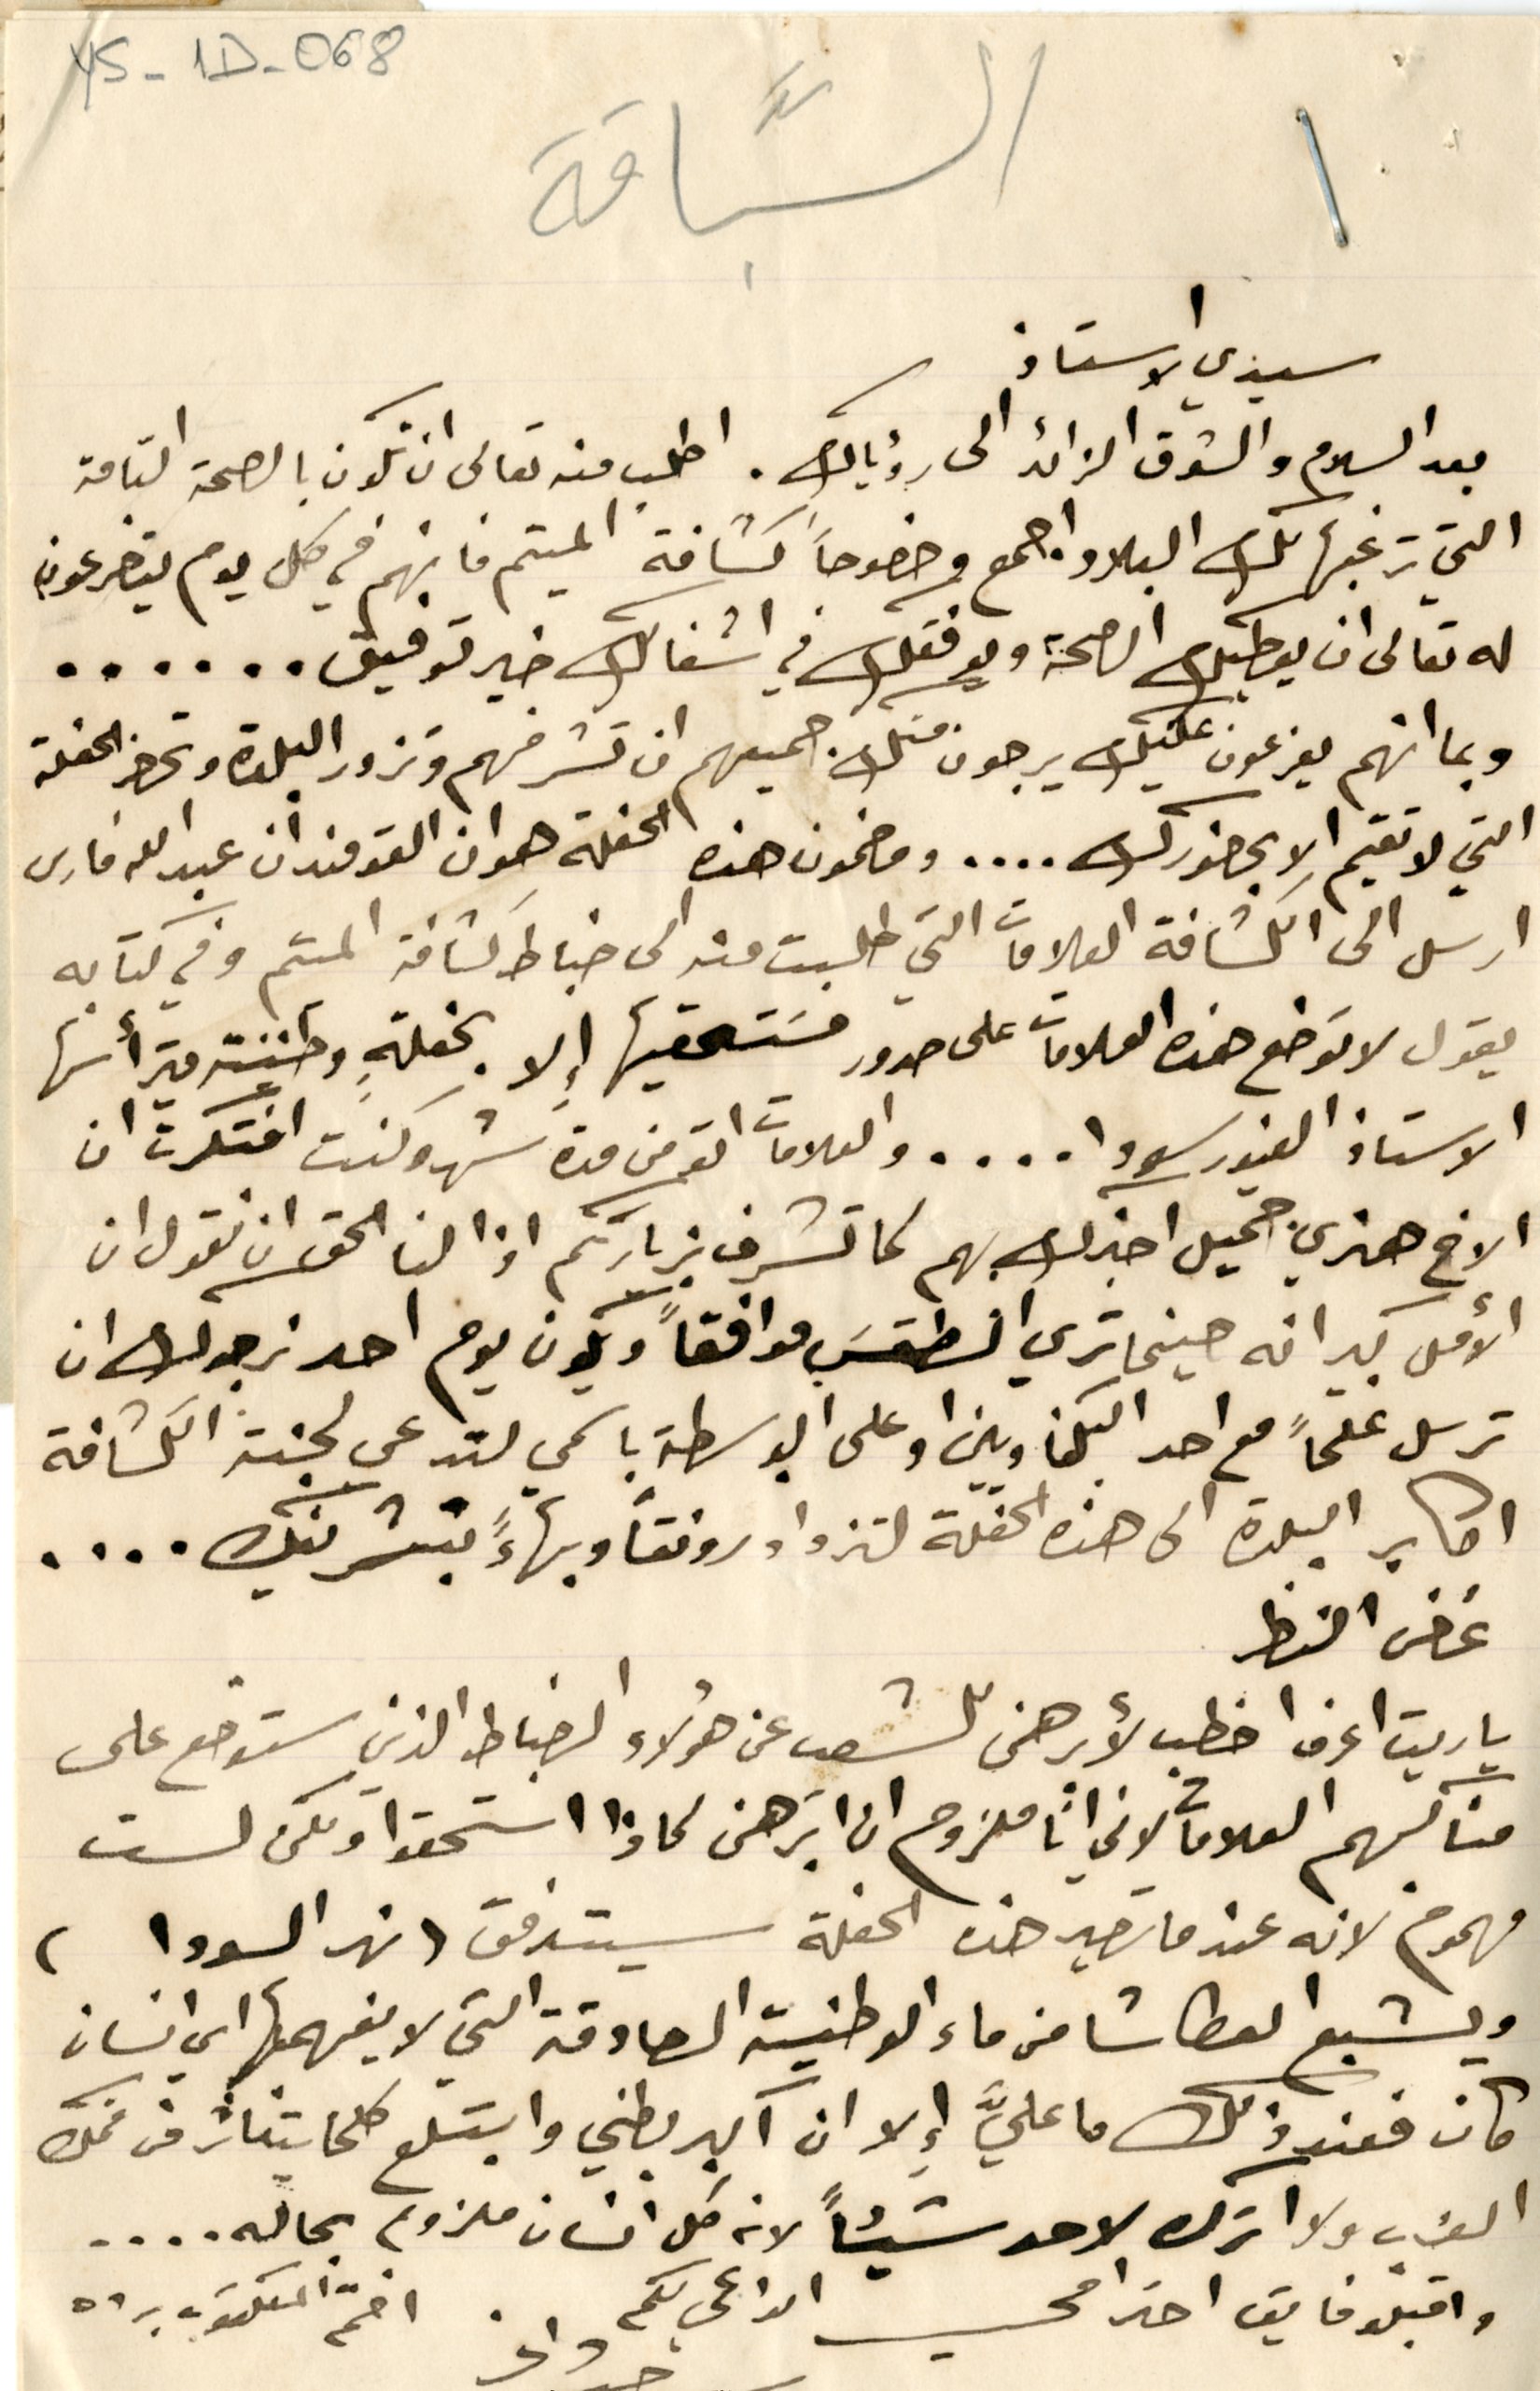
YS - 1D - 068
السبَّاقة
سيدي الاستاذ
بعد السلام والشوق الزائد الى رؤياك. اطلب منه تعالى ان تكون بالصحة التامة
التي ترغبها لك البلاد اجمع وخصوصاً كشافة الميتم فانهم في كل يوم يتضرعون
له تعالى ان يعطيك الصحة ويوفقك في اشغالك خير توفيق......
وبما انهم يفرعون عليك يرجون منك جميعهم ان تشرفهم وتزور البلدة وتحضر الحفلة
التي لا تقيم الا بحضورك.... ومضمون هذه الحفلة هو ان القومندان عبدالله فارس
ارسل الى الكشافة العلامات التي طلبت منه الى ضباط كشافة الميتم وفي كتابه
يقول لا توضع هذه العلامات على صدور مسَتحقيها إلا بحفلةٍ وطنية يترأسها
الاستاذ الغيور سودا....والعلامات اتو من مدة شهر وكنت افتكرت ان
الاخ هنري جميل اخبرك بهم لما تشرف بزيارتكم اذا لنا الحق ان نقول ان
الأمل كبير انه حينما تري الطقسَ موافقاً ويكون يوم احد نرجوك ان
ترسل علماً مع احد البكفاويين او على البوسطة باسمي لتدعى لجنة الكشافة
اكابر البلدة الى هذه الحفلة لتزداد رونقاً وبهاءً بتشريفك....
غض النظر
يا ريت اعرف اخطب لأبرهن للشعب عن هؤلاء الضباط الذين ستوضع على
مناكبهم العلامات لاني انا ملزوم ان ابَرهن لماذا استحقوا ولكن لست
مهموم لانه عندما تصير هذه الحفلة سيتدفق ( نهر السودا )
ويشبع العطاشا من ماء الوطنية الصادقة التي لا يفهمها اي انسان
كان فعند ذلك ما عليَّ إِلا ان اكبر بطني وابتلع كلما يتناثر من فمك
العزب ولا اترك لاحد شيئاً لانه كل انسان ملزوم بحاله....
واقبلو فايق احترامي الداعي لكم
دانى
أختم المكتوب برده